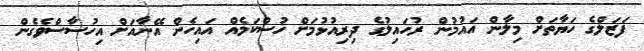
ފަޒަލްގެ ހަޔާތަށް މިލާން އައުމުން ރުހައިލުގެ ދިރިއުޅުމަށް ހުސްކަމެއް އައިހެން އޭނާއަށް އިހުސާސްވެގެން